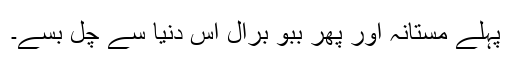
پہلے مستانہ اور پھر ببو برال اس دنیا سے چل بسے۔